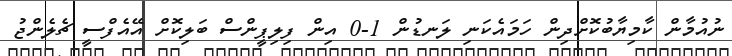
ނުއުމާން ކާމިޔާބުކޮށްދިން ހަމައެކަނި ލަނޑުން 1-0 އިން ފިލިޕީންސް ބަލިކޮށް އޭއެފްސީ ޗެލެންޖު